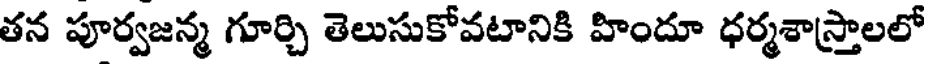
తన పూర్వజన్మ గూర్చి తెలుసుకోవటానికి హిందూ ధర్మశాస్త్రాలలో